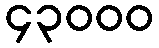
၄၃၀၀၀